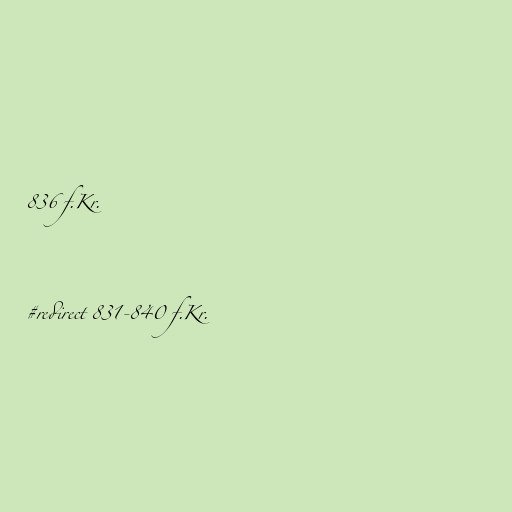
836 f.Kr.

#redirect 831-840 f.Kr.